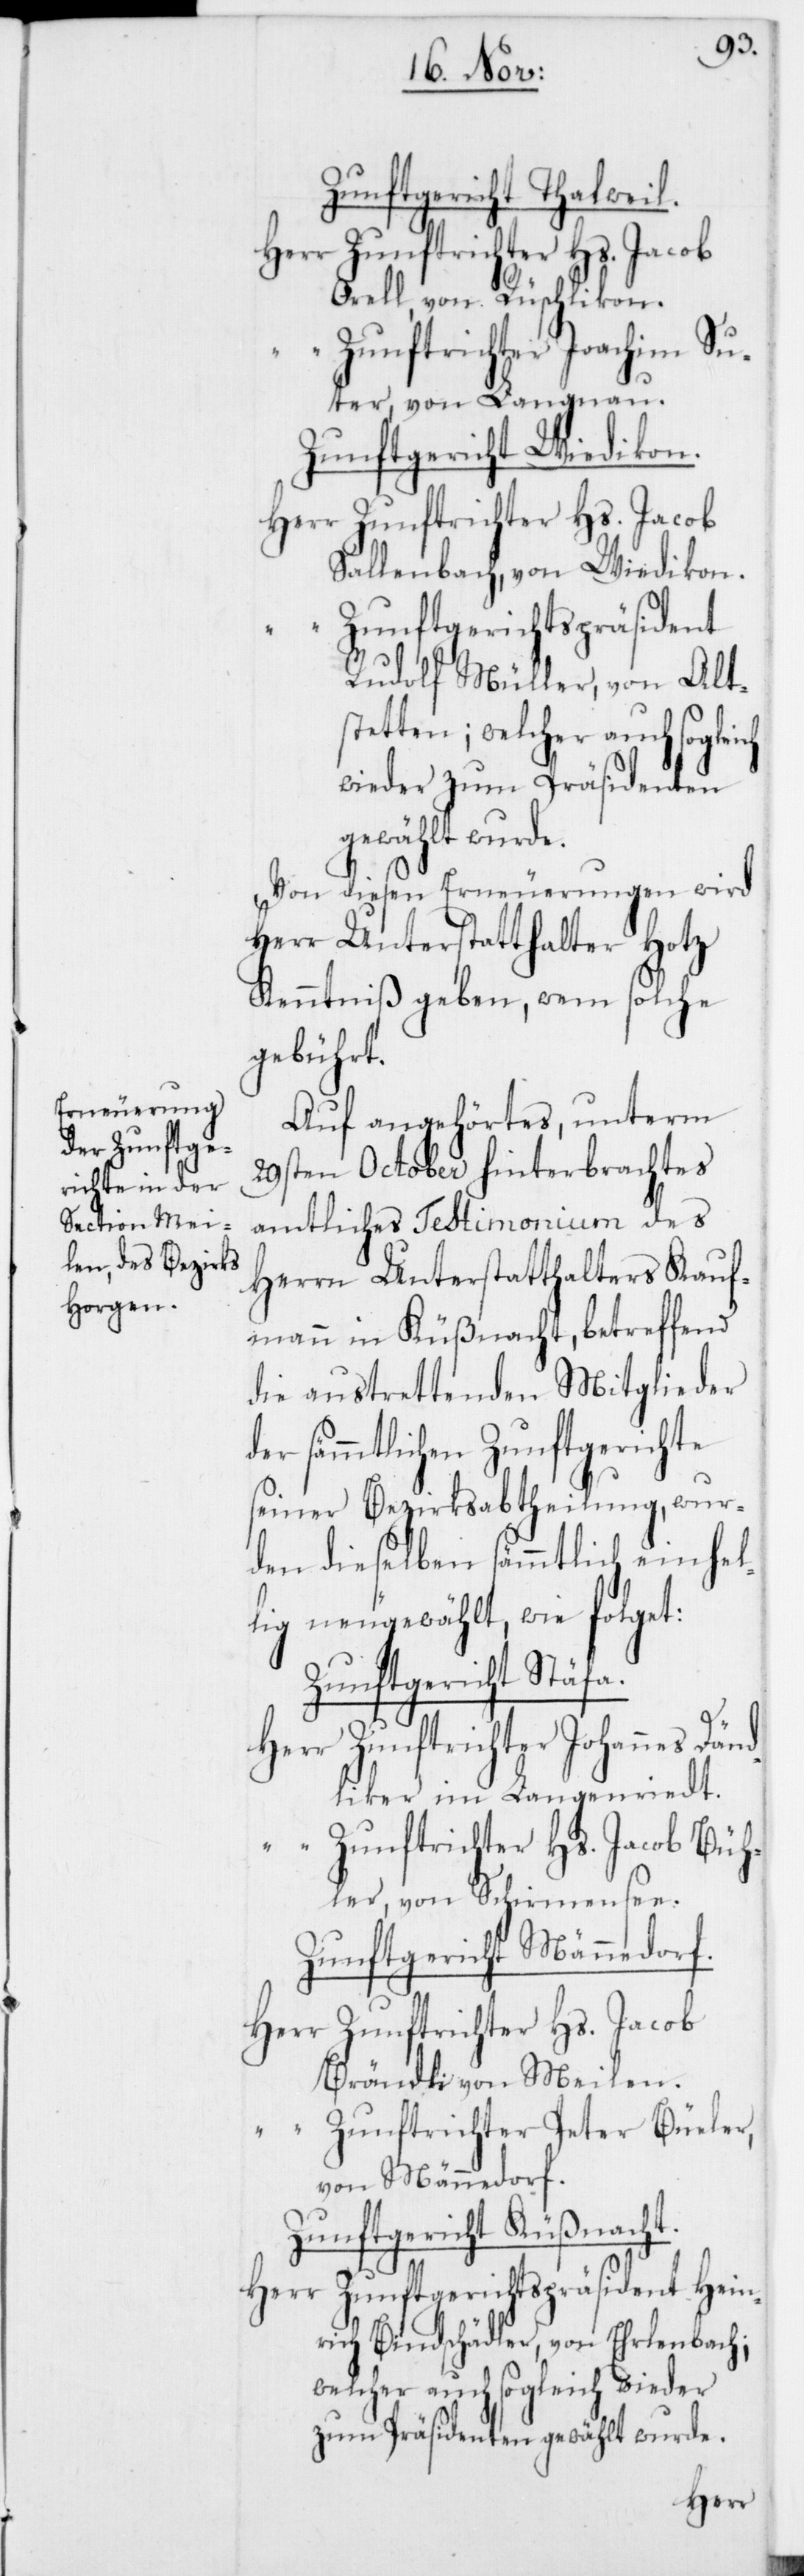
Dänd¬
Zunftgericht Thalweil.
Herr Zunftrichter Hs. Jacob
Orell, von Rüschlikon.
Zunftrichter Johannes
ter, von Langnau.
Zunftgericht Wiedikon.
Herr Zunftrichter Hs. Jacob
Sallenbach, von Wiedikon.
“ Zunftgerichtspräsident
Rudolf Müller, von Alt¬
stetten; welcher auch sogleich
wieder zum Präsidenten
gewählt wurde.
Von diesen Erneuerungen wird
Herr Unterstatthalter Hotz
Kenntniß geben, wem solche
gebührt.
Auf angehörtes, unterm
29sten October hinterbrachtes
amtliches Testimonium des
Herrn Unterstatthalters Kauf¬
mann in Küßnacht, betreffend
die austrettenden Mitglieder
der sämmtlichen Zunftgerichte
seiner Bezirksabtheilung, wur¬
den dieselben sämmtlich einhel¬
lig neugewählt, wie folget:
Zunftgericht Stäfa.
liker, im Langenriedt.
“ Zunftrichter Hs. Jacob Büh¬
ler, von Schirmensee.
Zunftgericht Männedorf.
Herr Zunftrichter Hs. Jacob
Brändli, von Meilen.
“ Zunftrichter Peter Büeler,
von Männedorf.
Zunftgericht Küßnacht.
Herr Zunftgerichtspräsident Hein¬
rich Bindschädler, von Erlenbach;
welcher auch sogleich wieder
zum Präsidenten gewählt wurde.
Herr